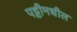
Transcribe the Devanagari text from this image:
पट्टीमधील